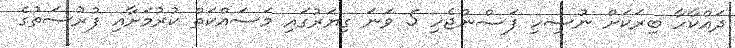
ދައްކާހާ ބިރަކަށް ނުސިހި ފަސްނުޖެހި 5 ވަނަ ގިޔަރުގައި މަސައްކަތް ކުރުމަށާއި ފުރުސަތުގެ